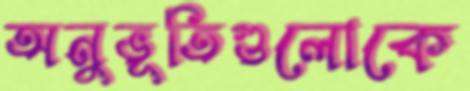
অনুভূতিগুলোকে